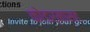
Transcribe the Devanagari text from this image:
कोडर्मासह